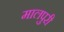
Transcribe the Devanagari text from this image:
मालपुरी